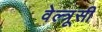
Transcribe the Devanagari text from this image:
वेल्त्रूसी